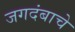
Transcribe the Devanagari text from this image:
जगदंबाचे